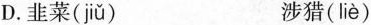
D.韭菜( jiǔ ) 涉猎( liè )